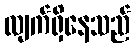
လျက်ရှိနေသည်